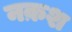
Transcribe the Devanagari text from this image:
नक़श